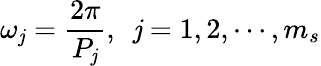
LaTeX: \omega_{\mathit{j}}=\frac{{2\pi}}{{P_{\mathit{j}}}},~~\mathit{j}=1,2,\cdots,m_{s}